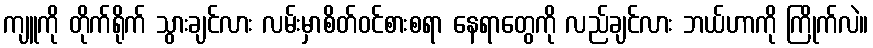
ကျူကို တိုက်ရိုက် သွားချင်လား လမ်းမှာစိတ်ဝင်စားစရာ နေရာတွေကို လည်ချင်လား ဘယ်ဟာကို ကြိုက်လဲ။